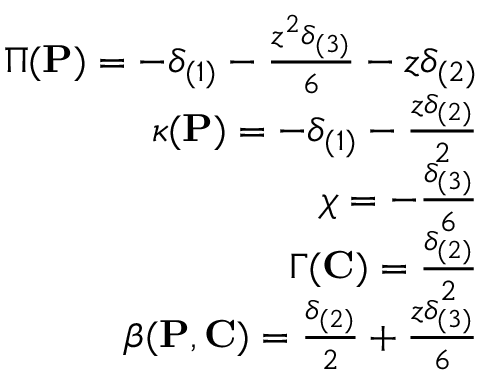
\begin{array} { r } { \Pi ( { \mathbf { P } } ) = - \delta _ { ( 1 ) } - \frac { z ^ { 2 } \delta _ { ( 3 ) } } { 6 } - z \delta _ { ( 2 ) } } \\ { \kappa ( { \mathbf { P } } ) = - \delta _ { ( 1 ) } - \frac { z \delta _ { ( 2 ) } } { 2 } } \\ { \chi = - \frac { \delta _ { ( 3 ) } } { 6 } } \\ { \Gamma ( { \mathbf { C } } ) = \frac { \delta _ { ( 2 ) } } { 2 } } \\ { \beta ( { \mathbf { P } } , { \mathbf { C } } ) = \frac { \delta _ { ( 2 ) } } { 2 } + \frac { z \delta _ { ( 3 ) } } { 6 } } \end{array}